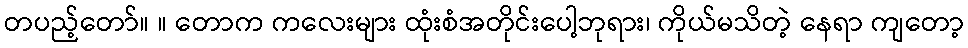
တပည့်တော်။ ။ တောက ကလေးများ ထုံးစံအတိုင်းပေါ့ဘုရား၊ ကိုယ်မသိတဲ့ နေရာ ကျတော့